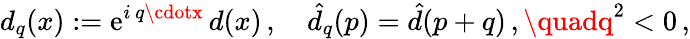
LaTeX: d_{q}(x):=\mathrm{e}^{i\, q\cdotx}\, d(x)\, ,\quad\hat{{d}}_{q}(p)=\hat{{d}}(p+q)\, ,\quadq^{2}<0\, ,